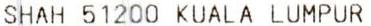
SHAH 51200 KUALA LUMPUR